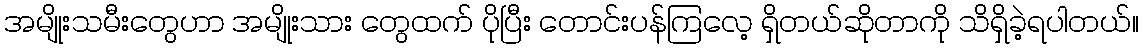
အမျိုးသမီးတွေဟာ အမျိုးသား တွေထက် ပိုပြီး တောင်းပန်ကြလေ့ ရှိတယ်ဆိုတာကို သိရှိခဲ့ရပါတယ်။